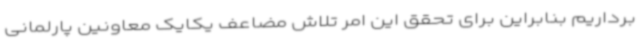
برداریم بنابراین برای تحقق این امر تلاش مضاعف یکایک معاونین پارلمانی